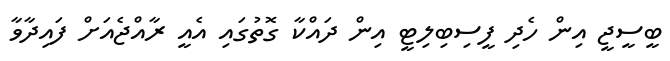
ބީސީޖީ އިން ހެދި ފީސިބިލިޓީ އިން ދައްކާ ގޮތުގައި އެއީ ރާއްޖެއަށް ފައިދާވާ